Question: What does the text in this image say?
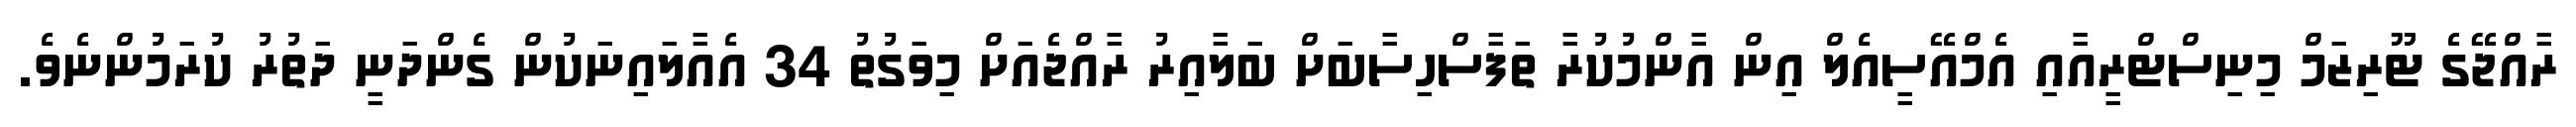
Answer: ރާއްޖޭގެ ޓޫރިޒަމް މިނިސްޓްރީއާއި އެމްއޭސީއެލް އިން އާންމުކުރާ ތަފާސްހިސާބަށް ބަލާއިރު ރާއްޖެއަށް މިވަގުތު 34 އެއާލައިނަކުން ގެންދަނީ ދަތުރު ކުރަމުންނެވެ.